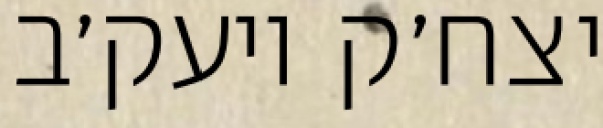
יצח׳ק ויעק׳ב